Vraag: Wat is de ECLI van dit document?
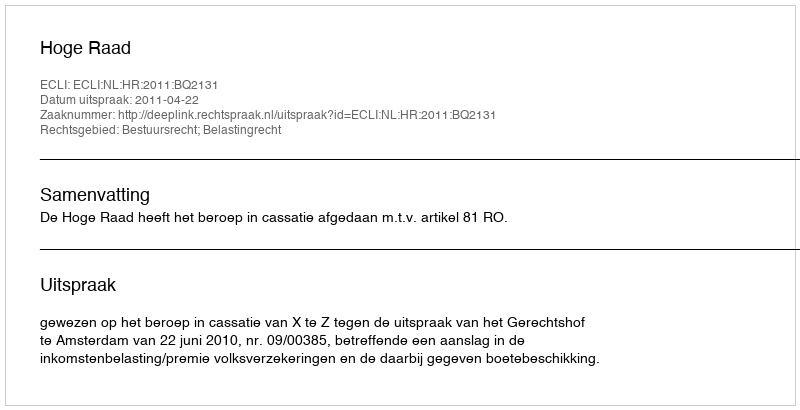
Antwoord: ECLI:NL:HR:2011:BQ2131